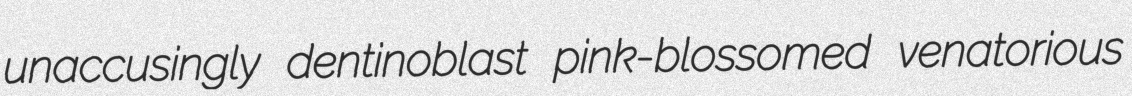
unaccusingly dentinoblast pink-blossomed venatorious